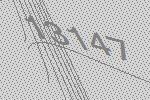
13147